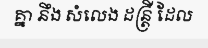
គ្នា នឹង សំលេង ដន្ត្រី ដែល